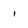
Character: 1